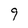
Character: 9